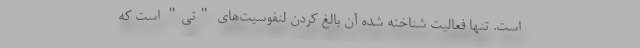
است. تنها فعالیت شناخته شده آن بالغ کردن لنفوسیت‌های "تی" است که